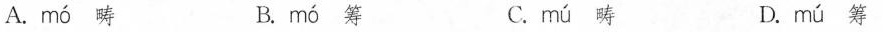
A. mó 畴 B. mó 筹 C. mú 畴 D. mú筹